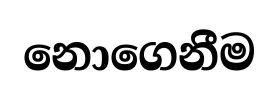
නොගෙනීම